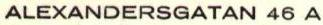
ALEXANDERSGATAN 46 A